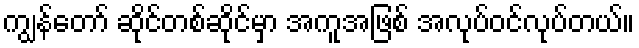
ကျွန်တော် ဆိုင်တစ်ဆိုင်မှာ အကူအဖြစ် အလုပ်ဝင်လုပ်တယ်။